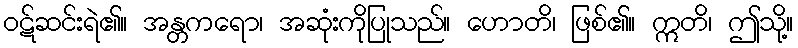
ဝဋ်ဆင်းရဲ၏။ အန္တကရော၊ အဆုံးကိုပြုသည်။ ဟောတိ၊ ဖြစ်၏။ ဣတိ၊ ဤသို့။